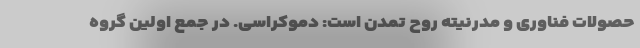
حصولات فناوری و مدرنیته روح تمدن است: دموکراسی. در جمع اولین گروه